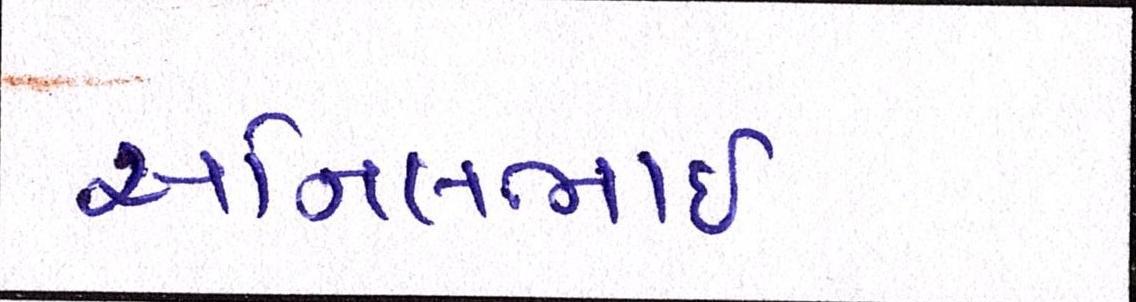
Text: અનિલભાઇ